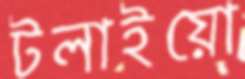
টলাইয়ো